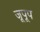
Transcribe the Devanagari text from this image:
जूपूप